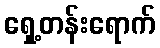
ရှေ့တန်းရောက်